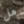
هل